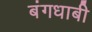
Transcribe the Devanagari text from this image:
बंगधाबी